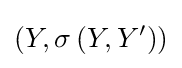
\left(Y,\sigma \left(Y,Y^{\prime }\right)\right)